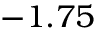
- 1 . 7 5